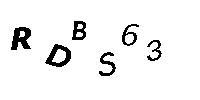
RDBS63